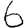
Digit: 6